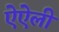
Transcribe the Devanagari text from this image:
ऐऐली